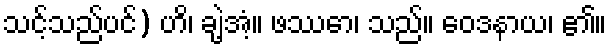
သင့်သည်ပင်) ဟိ၊ ချဲ့အံ့။ ဖဿော၊ သည်။ ဝေဒနာယ၊ ၏။